Report on horse surra - Volume I
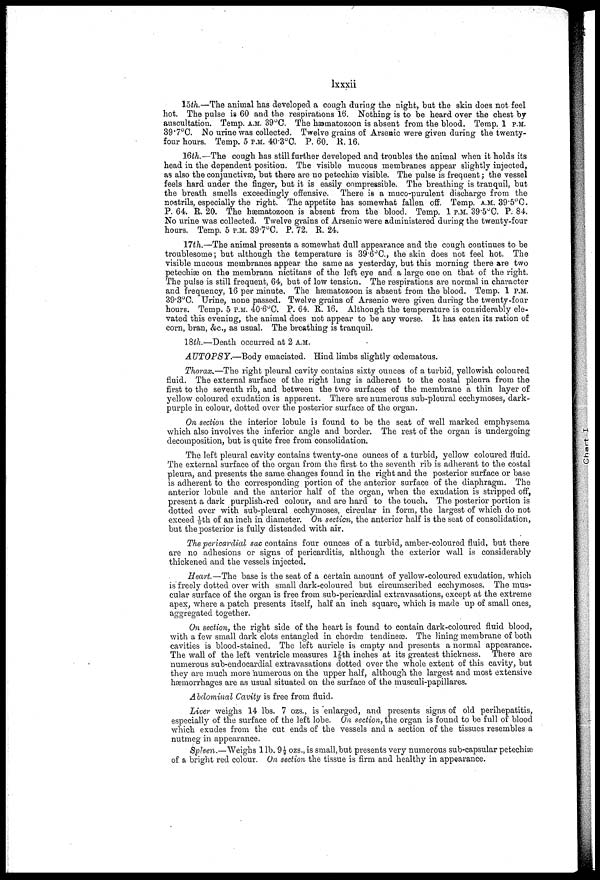
lxxxii
15th.—The animal has developed a cough during the night, but the skin does not feel
hot. The pulse is 60 and the respirations 16. Nothing is to be heard over the chest by
auscultation. Temp. A.M. 39°C. The hæmatozoon is absent from the blood. Temp. 1 P.M.
39.7°C. No urine was collected. Twelve grains of Arsenic were given during the twenty-
four hours. Temp. 5 P.M. 40.3°C. P. 60. R. 16.
16th.—The cough has still further developed and troubles the animal when it holds its
head in the dependent position. The visible mucous membranes appear slightly injected,
as also the conjunctivae, but there are no petechiæ visible. The pulse is frequent; the vessel
feels hard under the finger, but it is easily compressible. The breathing is tranquil, but
the breath smells exceedingly offensive. There is a muco-purulent discharge from the
nostrils, especially the right. The appetite has somewhat fallen off. Temp. A.M. 39.5°C.
P. 64. E. 20. The hæmatozoon is absent from the blood. Temp. 1 P.M. 39.5°C. P. 84.
No urine was collected. Twelve grains of Arsenic were administered during the twenty-four
hours. Temp. 5 P.M. 39.7°C. P. 72. R. 24.
17th.—The animal presents a somewhat dull appearance and the cough continues to be
troublesome; but although the temperature is 39.6°C, the skin does not feel hot. The
visible mucous membranes appear the same as yesterday, but this morning there are two
petechiæ on the membrana nictitans of the left eye and a large one on that of the right.
The pulse is still frequent, 64, but of low tension. The respirations are normal in character
and frequency, 16 per minute. The hæmatozoon is absent from the blood. Temp. 1 P.M.
39.3°C. Urine, none passed. Twelve grains of Arsenic were given during the twenty-four
hours. Temp. 5 P.M. 40.6°C. P. 64. R 16. Although the temperature is considerably ele-
vated this evening, the animal does not appear to be any worse. It has eaten its ration of
corn, bran, &c, as usual. The breathing is tranquil.
18th.—Death occurred at 2 A.M.
AUTOPSY.—Body emaciated. Hind limbs slightly œdernatous.
Thorax.—The right pleural cavity contains sixty ounces of a turbid, yellowish coloured
fluid. The external surface of the right lung is adherent to the costal pleura from the
first to the seventh rib, and between the two surfaces of the membrane a thin layer of
yellow coloured exudation is apparent. There are numerous sub-pleural ecchymoses, dark-
purple in colour, dotted over the posterior surface of the organ.
On section the interior lobule is found to be the seat of well marked emphysema
which also involves the inferior angle and border. The rest of the organ is undergoing
decomposition, but is quite free from consolidation.
The left pleural cavity contains twenty-one ounces of a turbid, yellow coloured fluid.
The external surface of the organ from the first to the seventh rib is adherent to the costal
pleura, and presents the same changes found in the right and the posterior surface or base
is adherent to the corresponding portion of the anterior surface of the diaphragm. The
anterior lobule and the anterior half of the organ, when the exudation is stripped off,
present a dark purplish-red colour, and are hard to the touch. The posterior portion is
dotted over with sub-pleural ecchymoses, circular in form, the largest of which do not
exceed th of an inch in diameter. On section, the anterior half is the seat of consolidation,
but the posterior is fully distended with air.
The 'pericardial sac contains four ounces of a turbid, amber-coloured fluid, but there
are no adhesions or signs of pericarditis, although the exterior wall is considerably
thickened and the vessels injected.
Heart.—The base is the seat of a certain amount of yellow-coloured exudation, which
is freely dotted over with small dark-coloured but circumscribed ecchymoses. The mus-
cular surface of the organ is free from sub-pericardial extravasations, except at the extreme
apex, where a patch presents itself, half an inch square, which is made up of small ones,
aggregated together.
On section, the right side of the heart is found to contain dark-coloured fluid blood,
with a few small dark clots entangled in chordæ tendineæ. The lining membrane of both
cavities is blood-stained. The left auricle is empty and presents a normal appearance.
The wall of the left ventricle measures l7/8th inches at its greatest thickness. There are
numerous subendocardial extravasations dotted over the whole extent of this cavity, but
they are much more numerous on the upper half, although the largest and most extensive
hæmorrhages are as usual situated on the surface of the musculi-papillares.
Abdominal Cavity is free from fluid.
Liver weighs 14 lbs. 7 ozs., is enlarged, and presents signs of old perihepatitis,
especially of the surface of the left lobe. On section, the organ is found to be full of blood
which exudes from the cut ends of the vessels and a section of the tissues resembles a
nutmeg in appearance.
Spleen.—Weighs 1 lb. 9 ½ ozs., is small,but presents very numerous sub-capsular petechias
of a bright red colour. On section the tissue is firm and healthy in appearance.